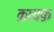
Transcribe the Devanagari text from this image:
क्रायफ़